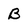
Character: B